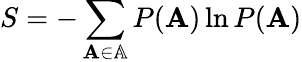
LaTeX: S=-\sum_{\mathbf{A}\in\mathbb{A}}P(\mathbf{A})\ln P(\mathbf{A})